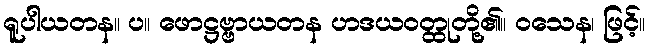
ရူပါယတန။ ပ။ ဖောဋ္ဌဗ္ဗာယတန ဟဒယဝတ္ထုတို့၏။ ဝသေန၊ ဖြင့်။